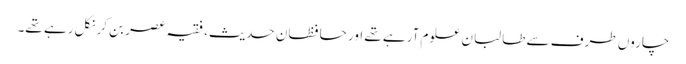
چاروں طرف سے طالبان علوم آرہے تھے اور حافظانِ حدیث، فقیہ عصر بن کر نکل رہے تھے۔